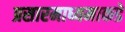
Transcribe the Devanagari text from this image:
प्रसारमाध्यमाकडे